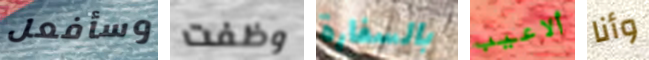
وسأفعل وظفت بالسفارة ألاعيب وأنا